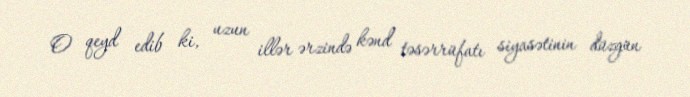
O qeyd edib ki, uzun illər ərzində kənd təsərrüfatı siyasətinin düzgün